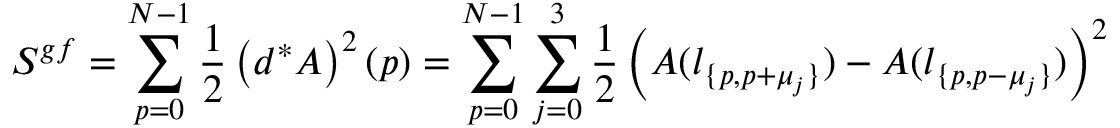
S ^ { g f } = \sum _ { p = 0 } ^ { N - 1 } \frac { 1 } { 2 } \left( d ^ { \ast } A \right) ^ { 2 } ( p ) = \sum _ { p = 0 } ^ { N - 1 } \sum _ { j = 0 } ^ { 3 } \frac { 1 } { 2 } \left( A ( l _ { \{ p , p + \mu _ { j } \} } ) - A ( l _ { \{ p , p - \mu _ { j } \} } ) \right) ^ { 2 }